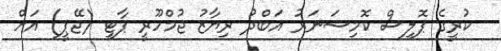
ކުރީގެ ޕޮލިސް ކޮމިޝަނަރު އަބްދު ރިޔާޒު ޖުމްހޫރީ ޕާޓީ (ޖޭޕީ) އަށް